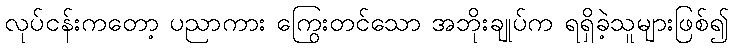
လုပ်ငန်းကတော့ ပညာကား ကြွေးတင်သော အဘိုးချုပ်က ရရှိခဲ့သူများဖြစ်၍